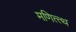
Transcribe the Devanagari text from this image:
मणित्त्थ